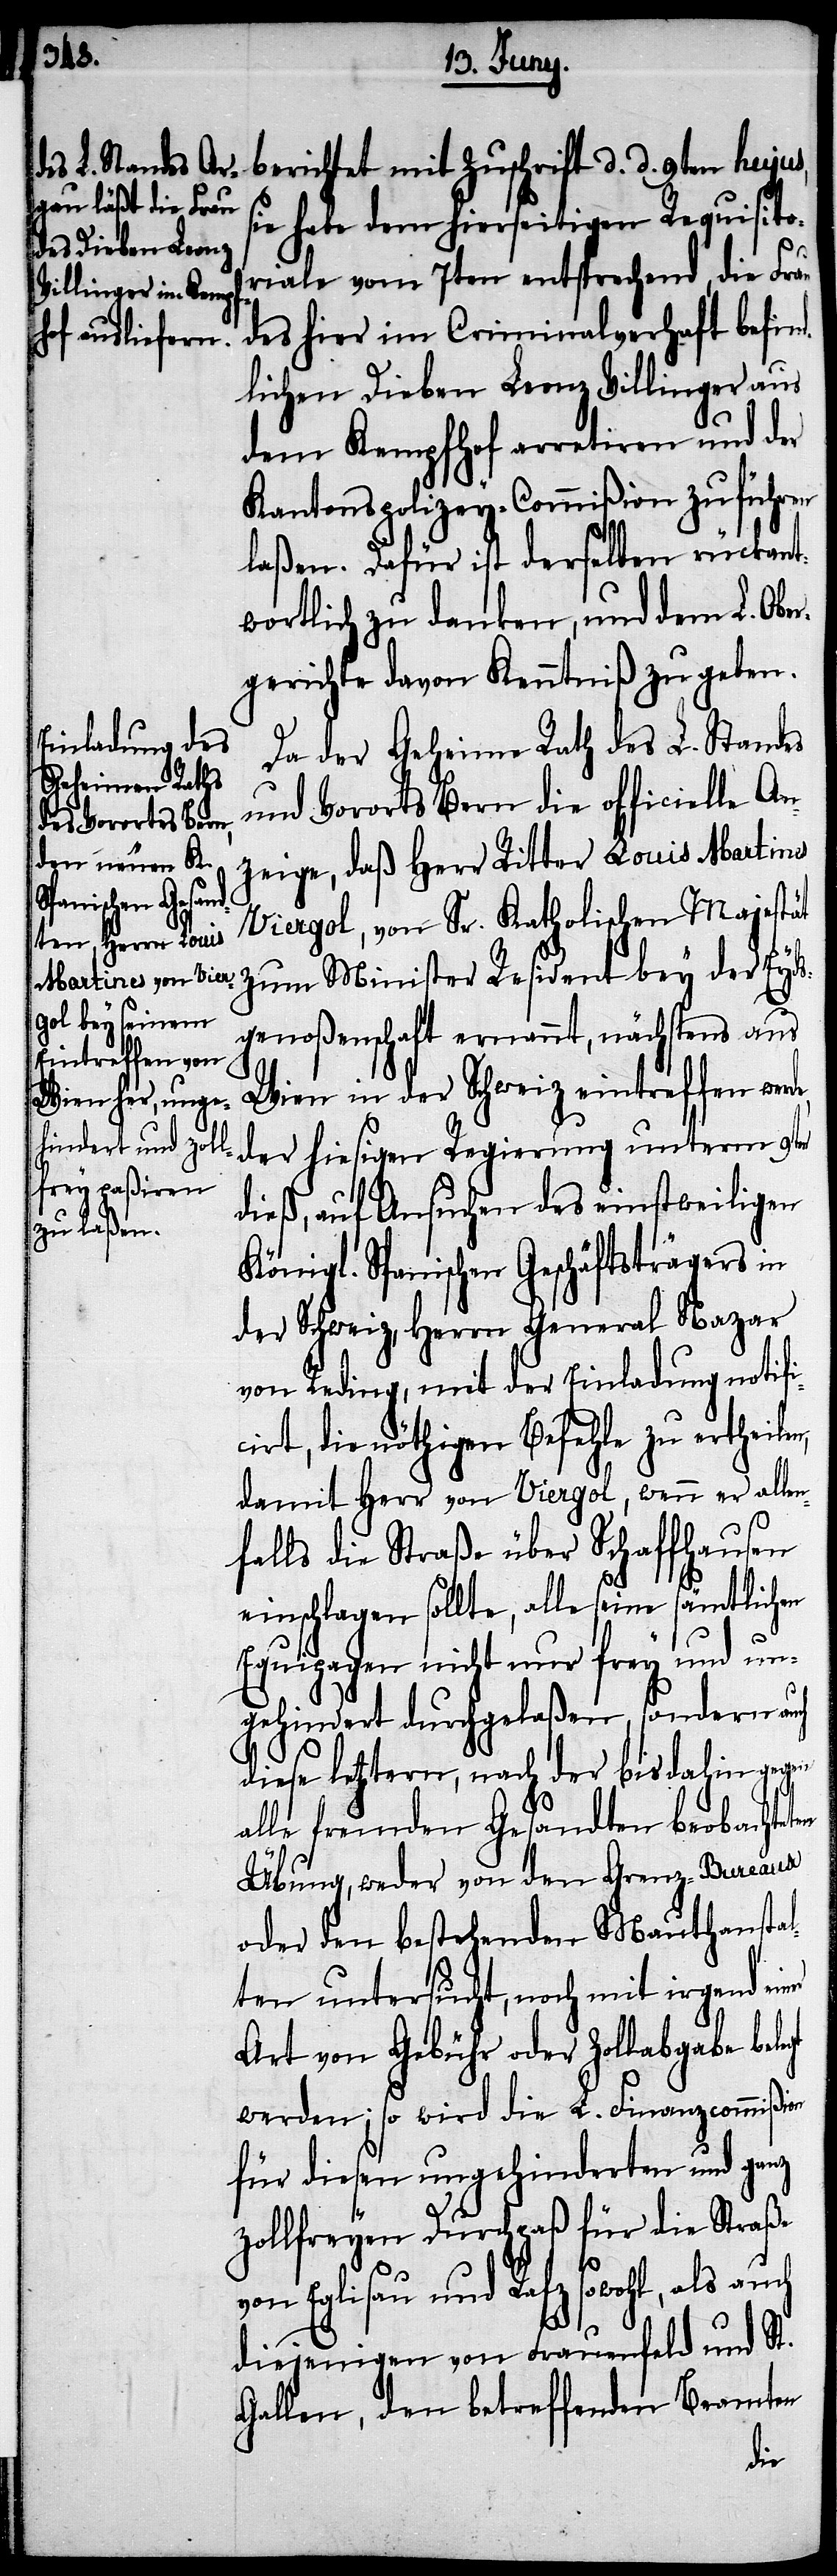
berichtete mit Zuschrift d. d. 9ten hujus,
sie habe dem hierseitigen Requisito¬
riale vom 7ten entsprechend, die Frau
des hier im Criminalverhaft befind¬
lichen Dieben Leonz Villinger aus
dem Kempfhof arretiren und der
Kantonspolizey-Commißion zuführen
laßen. Dafür ist derselben rückant¬
wortlich zu danken, und dem L. Obe¬
rgerichte davon Kenntniß zu geben.
Da der Geheime Rath des L. Standes
und Vorortes Bern die officielle An¬
zeige, daß Herr Ritter Louis Martines
Viergol, von Sr. Katholischen Majestät
zum Minister Resident bey der Eyds¬
genoßenschaft ernannt, nächstens aus
Wien in der Schweiz eintreffen wer¬
der hiesigen Regierung unterm 9ten
dieß, auf Ansuchen des einstweiligen
Königl. Spanischen Geschäftsträgers in
der Schweiz, Herrn General Nazar
von Reding, mit der Einladung notifi¬
cirt, die nöthigen Befehle zu ertheile¬
damit Herr von Viergol, wenn er alle¬
nfalls die Straße über Schaffhausen
einschlagen sollte, alle seine sämtlichen
gt
Equipagen nicht nur frey und un¬
gehindert durchgelaßen, sondern auch
diese letztern, nach der bis dahin gegen
alle fremden Gesandten beobachteten
Übung, weder von den Grenz-Bureaux
oder den bestehenden Mauthansta¬
lten untersucht, noch mit irgend ein¬
Art von Gebühr oder Zollabgabe bele¬
werden; so wird die L. Finanzcommißion
für diesen ungehinderten und ganz
zollfreyen Durchpaß für die Straße
von Eglisau und Rafz sowohl, als auch
diejenigen von Frauenfeld und St.
Gallen, den betreffenden Beamten
de,